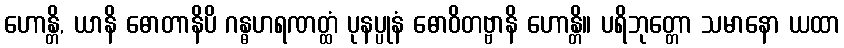
ဟောန္တိ, ယာနိ ဓောတာနိပိ ဂန္ဓဟရဏတ္ထံ ပုနပ္ပုနံ ဓောဝိတဗ္ဗာနိ ဟောန္တိ။ ပရိဘုတ္တော သမာနော ယထာ